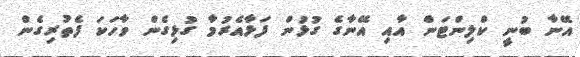
އޭނާ ބުނީ ކްލިންޓަން އާއި އޭނާގެ ގުޅުން ފަޅާއެރުމާ ގުޅިގެން ވާހަކަ ފެތުރިގެން